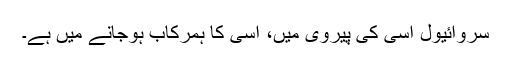
سروائیول اِسی کی پیروی میں، اسی کا ہمرکاب ہوجانے میں ہے۔